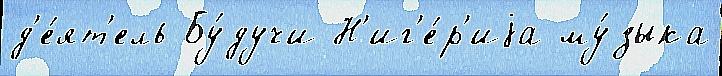
д'е́ят'ель Бу́дучи Н'иг'е́р'иjа му́зыка